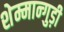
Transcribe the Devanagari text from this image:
शेम्मान्गुड़ी